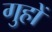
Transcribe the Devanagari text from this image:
गुहों